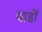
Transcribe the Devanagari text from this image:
यार्डों